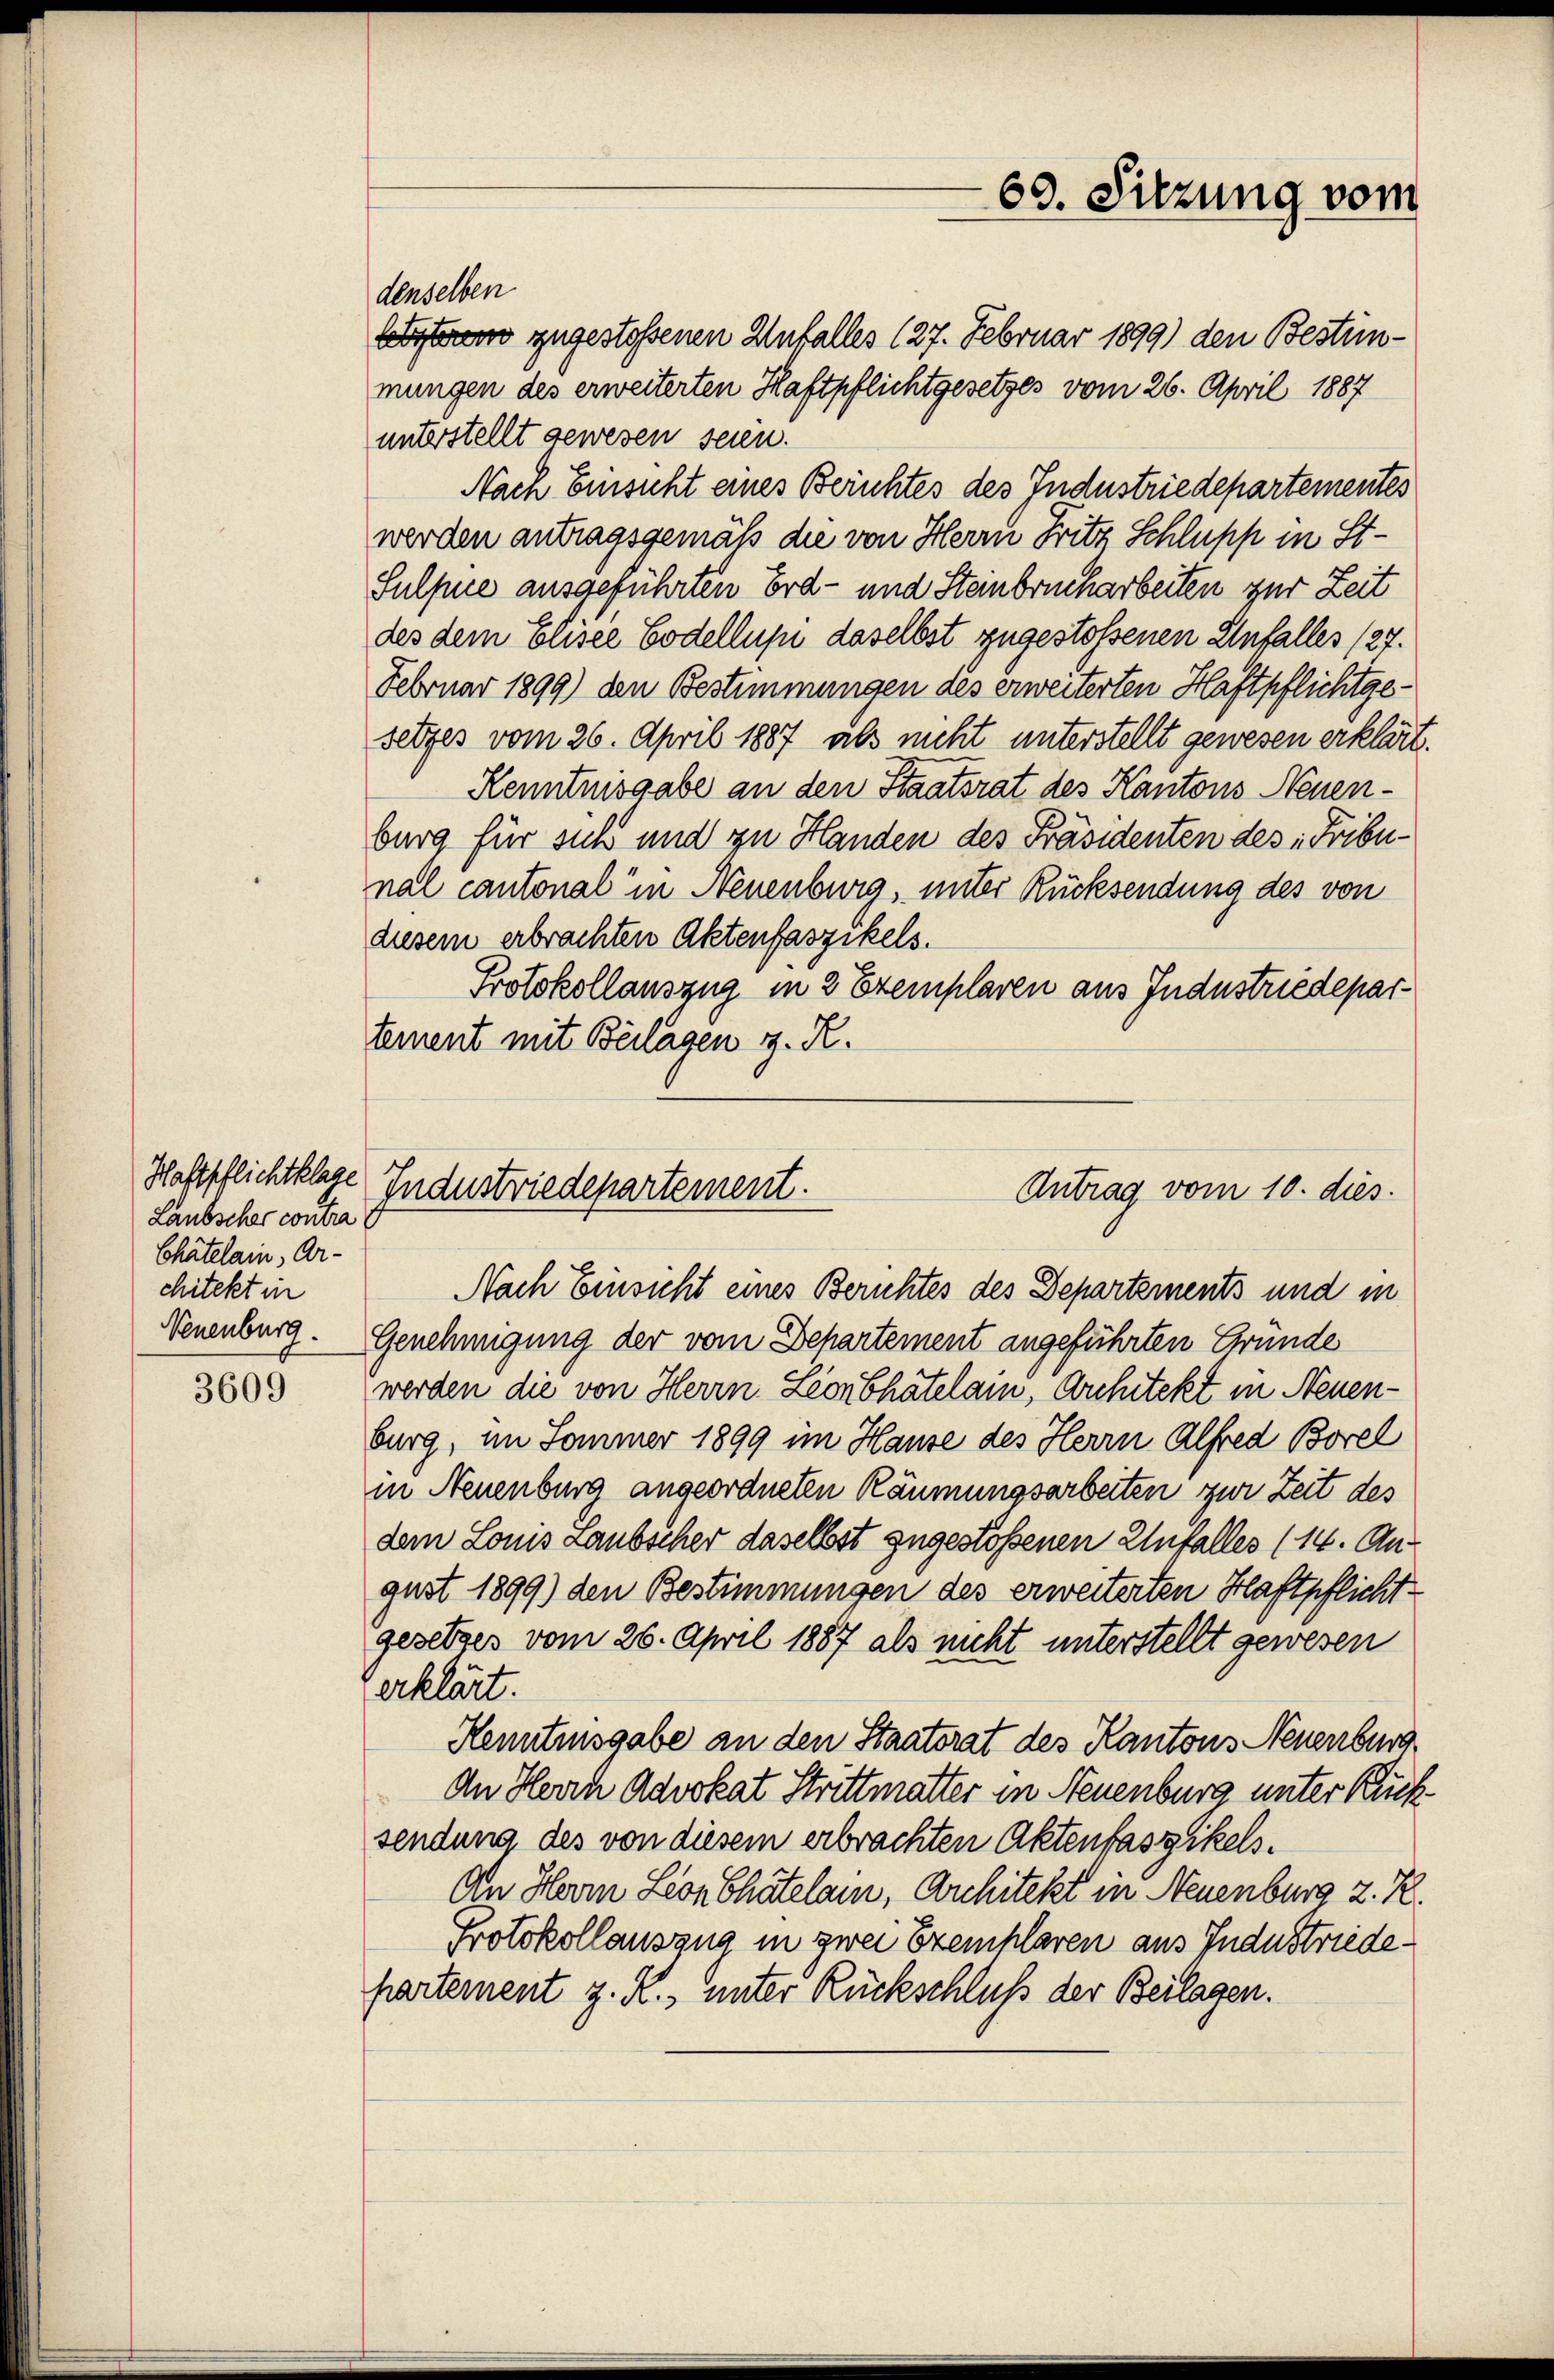
Haftpflichtklage
Laubscher contra
Chätelain, Ar-
chitekt in

3609

denselben

69. Sitzung vom

Löfterem zugestoßenen Unfalles (27. Februar 1899) den Bestimmungen des erweiterten Haftpflichtgesetzes vom 26. April 1887
unterstellt gewesen seien.
Nach Einsicht eines Berichtes des Industriedepartementes
werden antragsgemäß die von Herrn Fritz Schlupp in St.
Sulpie ausgeführten Erd- und Steinbrucharbeiten zur Zeit
des dem Elisee Codellum daselbst zugestossenen Unfalles (27.
Februar 1899) den Bestimmungen des erweiterten Haftpflichtgesetzes vom 26. April 1887 als nicht unterstellt gewesen erklärt.
Kenntnisgabe an den Staatsrat des Kantons Neuenburg für sich und zu Handen des Präsidenten des Fribunal cantonal in Neuenburg, unter Rücksendung des von
diesem erbrachten Aktenfaszikels.
Protokollauszug in 2 Exemplaren aus Industriedepartement mit Beilagen z. R.

Industriedepartement.
Antrag vom 10. dies

Nach Einsicht eines Berichtes des Departements und in
Neuenburg. Genehmigung der vom Departement angeführten Gründe
werden die von Herrn. Leonbhatelam, Architekt in Neuenburg, im Sommer 1899 im Hause des Herrn Alfred Borel
in Neuenburg angeordneten Räumungsarbeiten zur Zeit des
dem Louis Laubscher daselbst zugestoßenen Unfalles (14. August 1899) den Bestimmungen des erweiterten Haftpflichtgesetzes vom 26. April 1887 als nicht unterstellt gewesen
erklärt.
Henntnisgabe an den Staatsrat des Kantons Neuenburg
An Herrn Advokat Strittmatter in Neuenburg unter Rücksendung des von diesem erbrachten Aktenfaszikels¬
An Herm Leon Chatelam, Architekt in Neuenburg z. R.
Protokollauszug in zwei Exemplaren aus Industriedepartement z. R., unter Rückschluß der Beilagen.